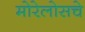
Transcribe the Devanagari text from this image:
मोरेलोसचे